King Institute of Preventive Medicine Micro-Biological Section reports 1909-11
Year: 1909
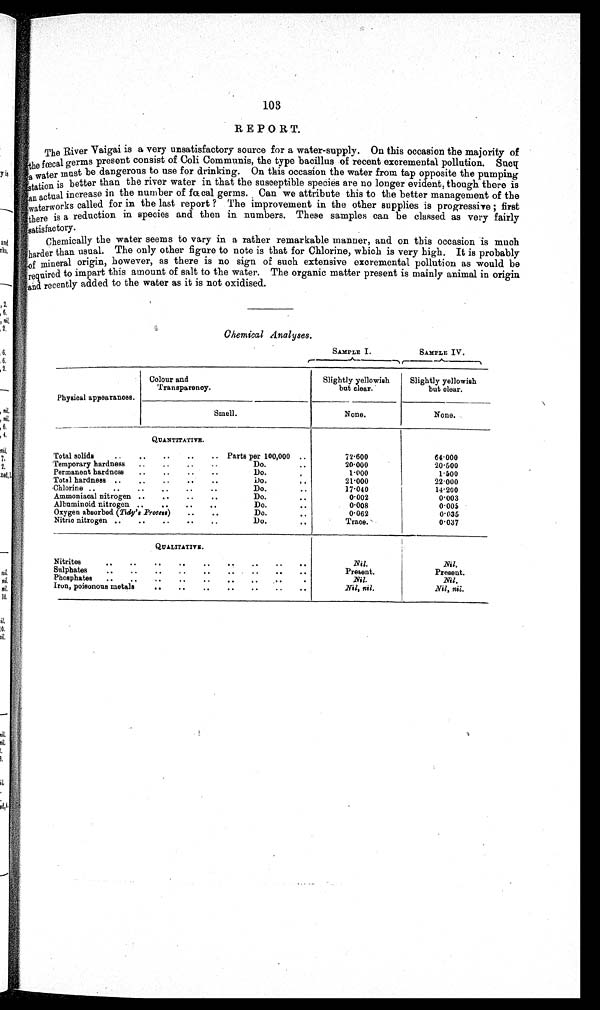
103
REPORT.
The River Vaigai is a very unsatisfactory source for a water-supply. On this occasion the majority of
The
fœcal germs present consist of Coli Communis, the type bacillus of recent excremental pollution. Sucq
a water must be dangerous to use for drinking. On this occasion the water from tap opposite the pumping
station is better than the river water in that the susceptible species are no longer evident, though there is
an actual increase in the number of fœcal germs. Can we attribute this to the better management of the
waterworks called for in the last report? The improvement in the other supplies is progressive; first
there is a reduction in species and then in numbers. These samples can be classed as very fairly
satisfactory.
Chemically the water seems to vary in a rather remarkable manner, and on this occasion is much
harder than usual. The only other figure to note is that for Chlorine, which is very high. It is probably of
mineral origin, however, as there is no sign of such extensive excremental pollution as would be
required to impart this amount of salt to the water. The organic matter present is mainly animal in origin
and recently added to the water as it is not oxidised.
Chemical Analyses.
SAMPLE I.
SAMPLE IV.
Physical appearances.
Colour and
Transparency.
Slightly yellowish
but clear.
Slightly yellowish
but clear.
Smell.
None.
None.
QUANTITATIVE.
Total solids
..
..
..
..
.. Parts per 100,000 ..
72.600
64.000
Temporary hardness ..
..
..
..
Do.
..
20.000
20.500
Permanent hardness
..
..
D o .
.
1.000
1.500
Total hardness..
....
. .
D o . ..
21.000
22.000
Chlorine ..
..
..
..
..
..
Do.
..
17.040
1 4 . 2 0 0
Ammoniacal nitrogen ..
..
..
..
Do.
..
0.002
0.003
Albuminoid nitrogen..
..
..
..
Do.
. .
0.008
0.005
Oxygen absorbed ( Tidy's .Process)
..
..
Do.
0.062
0.035
Nitric nitrogen ..
..
..
..
..
Do.
T r a c e .
0.037
QUALITATIVE.
Nitrites
..
..
. .
. . . .
..
..
. .
. .
Nil.
Nil.
Sulphates
..
..
..
. .
. .
. .
..
..
..
Present.
Present.
Phosphates ..
..
..
..
. .
..
.
Nil
Nil.
Iron, poisonous metals
..
..
..
..
. .
..
..
Nil, nil.
Nil, nil.